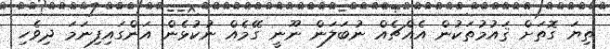
ތިޔަ ގޮތަށް ޤައުމުތަކުން އެއްޗެއް ނުބަލަން ނޫނީ ގޭމެއް ނުކުޅެން އަންގައިފިނަމަ ދިވެހި